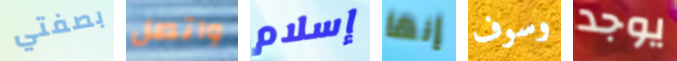
بصفتي واتصل إسلام إنها وسوف يوجد